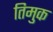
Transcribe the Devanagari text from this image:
तिमुक